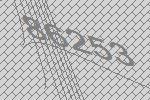
86253